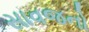
સાવજનો